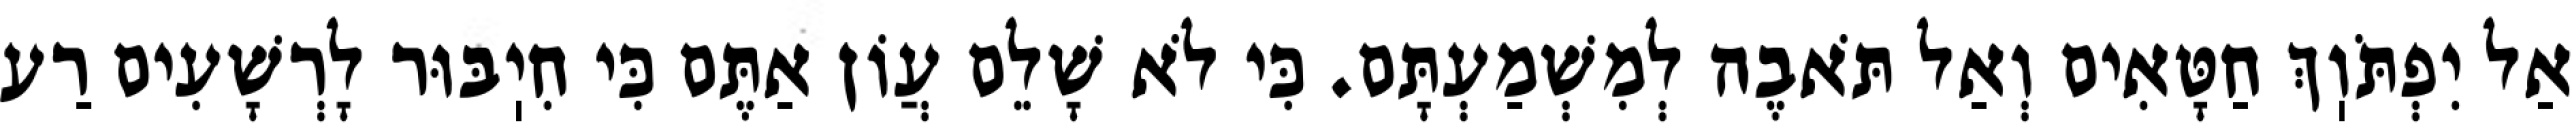
אַל יִפְתֹּוֽךְ חַטָּאִים וְאַל תֹּאבֶה לְמִשְׁמַעְתָּם. כִּי לֹא שָׁלֵם עֲוֹן אַתֶּם כִּי חִיֽבּוּר לָרְשָׁעִים רַע